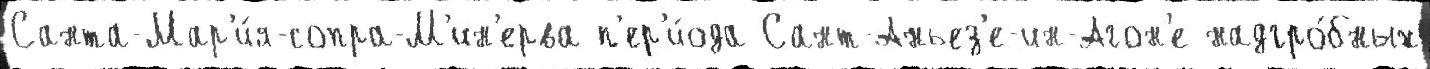
Санта-Мар'и́я-сопра-М'ин'ерва п'ер'и́ода Сант-Аньез'е-ин-Агон'е надгро́бных